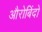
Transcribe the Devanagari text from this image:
औरोबिंदो